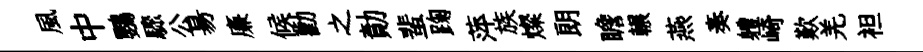
風中鸚驟公昜廉候勸之勣蜚踘萍族燦朗瞻輾燕奏軆崎歎羌袒